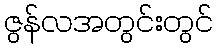
ဇွန်လအတွင်းတွင်